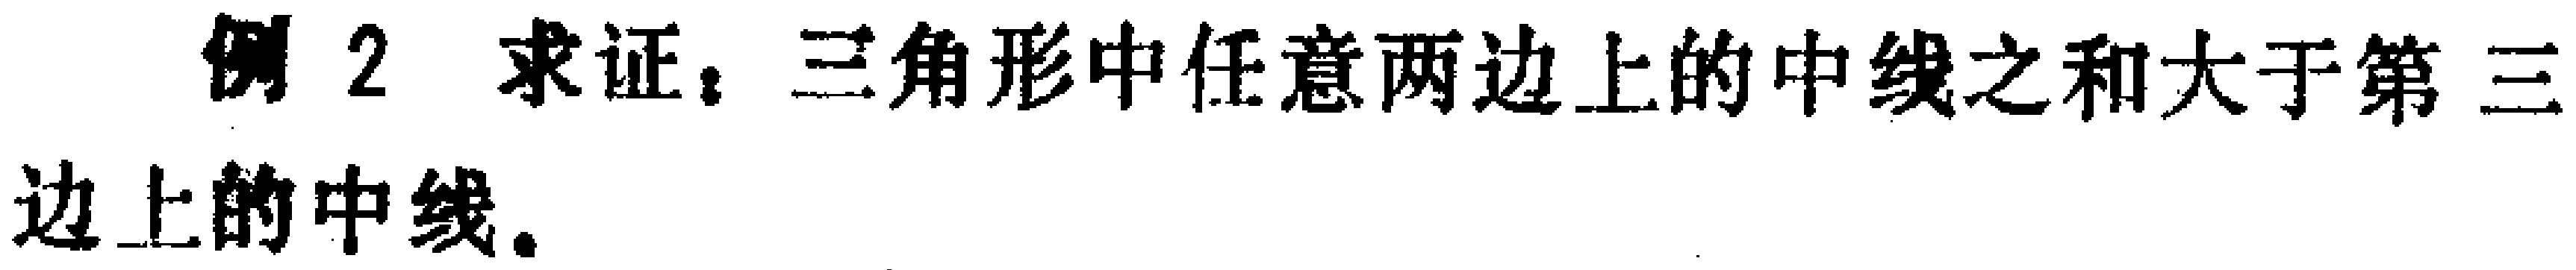
例2 求证：三角形中任意两边上的中线之和大于第三边上的中线。